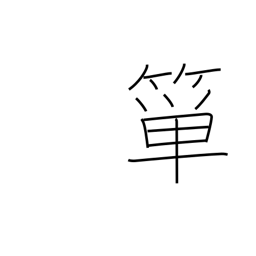
Meaning: bamboo rice basket